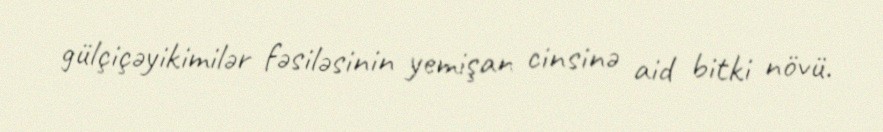
gülçiçəyikimilər fəsiləsinin yemişan cinsinə aid bitki növü.